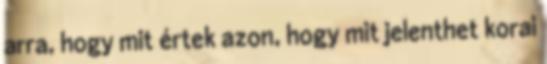
arra, hogy mit értek azon, hogy mit jelenthet korai